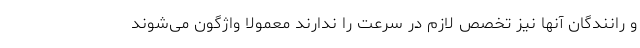
و رانندگان آنها نیز تخصص لازم در سرعت را ندارند معمولا واژگون می‌شوند